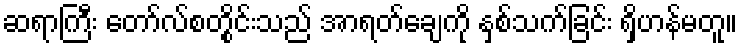
ဆရာကြီး တော်လ်စတွိုင်းသည် အာရတ်ချေကို နှစ်သက်ခြင်း ရှိဟန်မတူ။